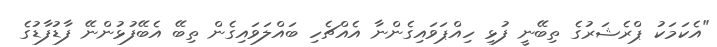
"އެކަމަކު ޕްރެޝަރުގެ ތިބޭނީ ފުޅި ހިއްޕަވައިގެންނާ އެއްޗެހި ބައްލަވައިގެން ތިބޭ އެބޭފުޅުންނޭ ފާޑުފާޑުގެ